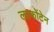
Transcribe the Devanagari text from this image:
लाफोंटेन